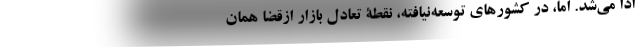
ادا می‌شد. اما، در کشورهای توسعه‌نیافته، نقطۀ تعادل بازار ازقضا همان